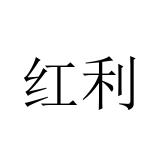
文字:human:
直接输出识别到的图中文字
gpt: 红利